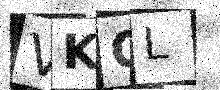
Text: VKQL